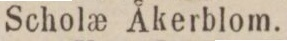
Schola_e Åkerblom.